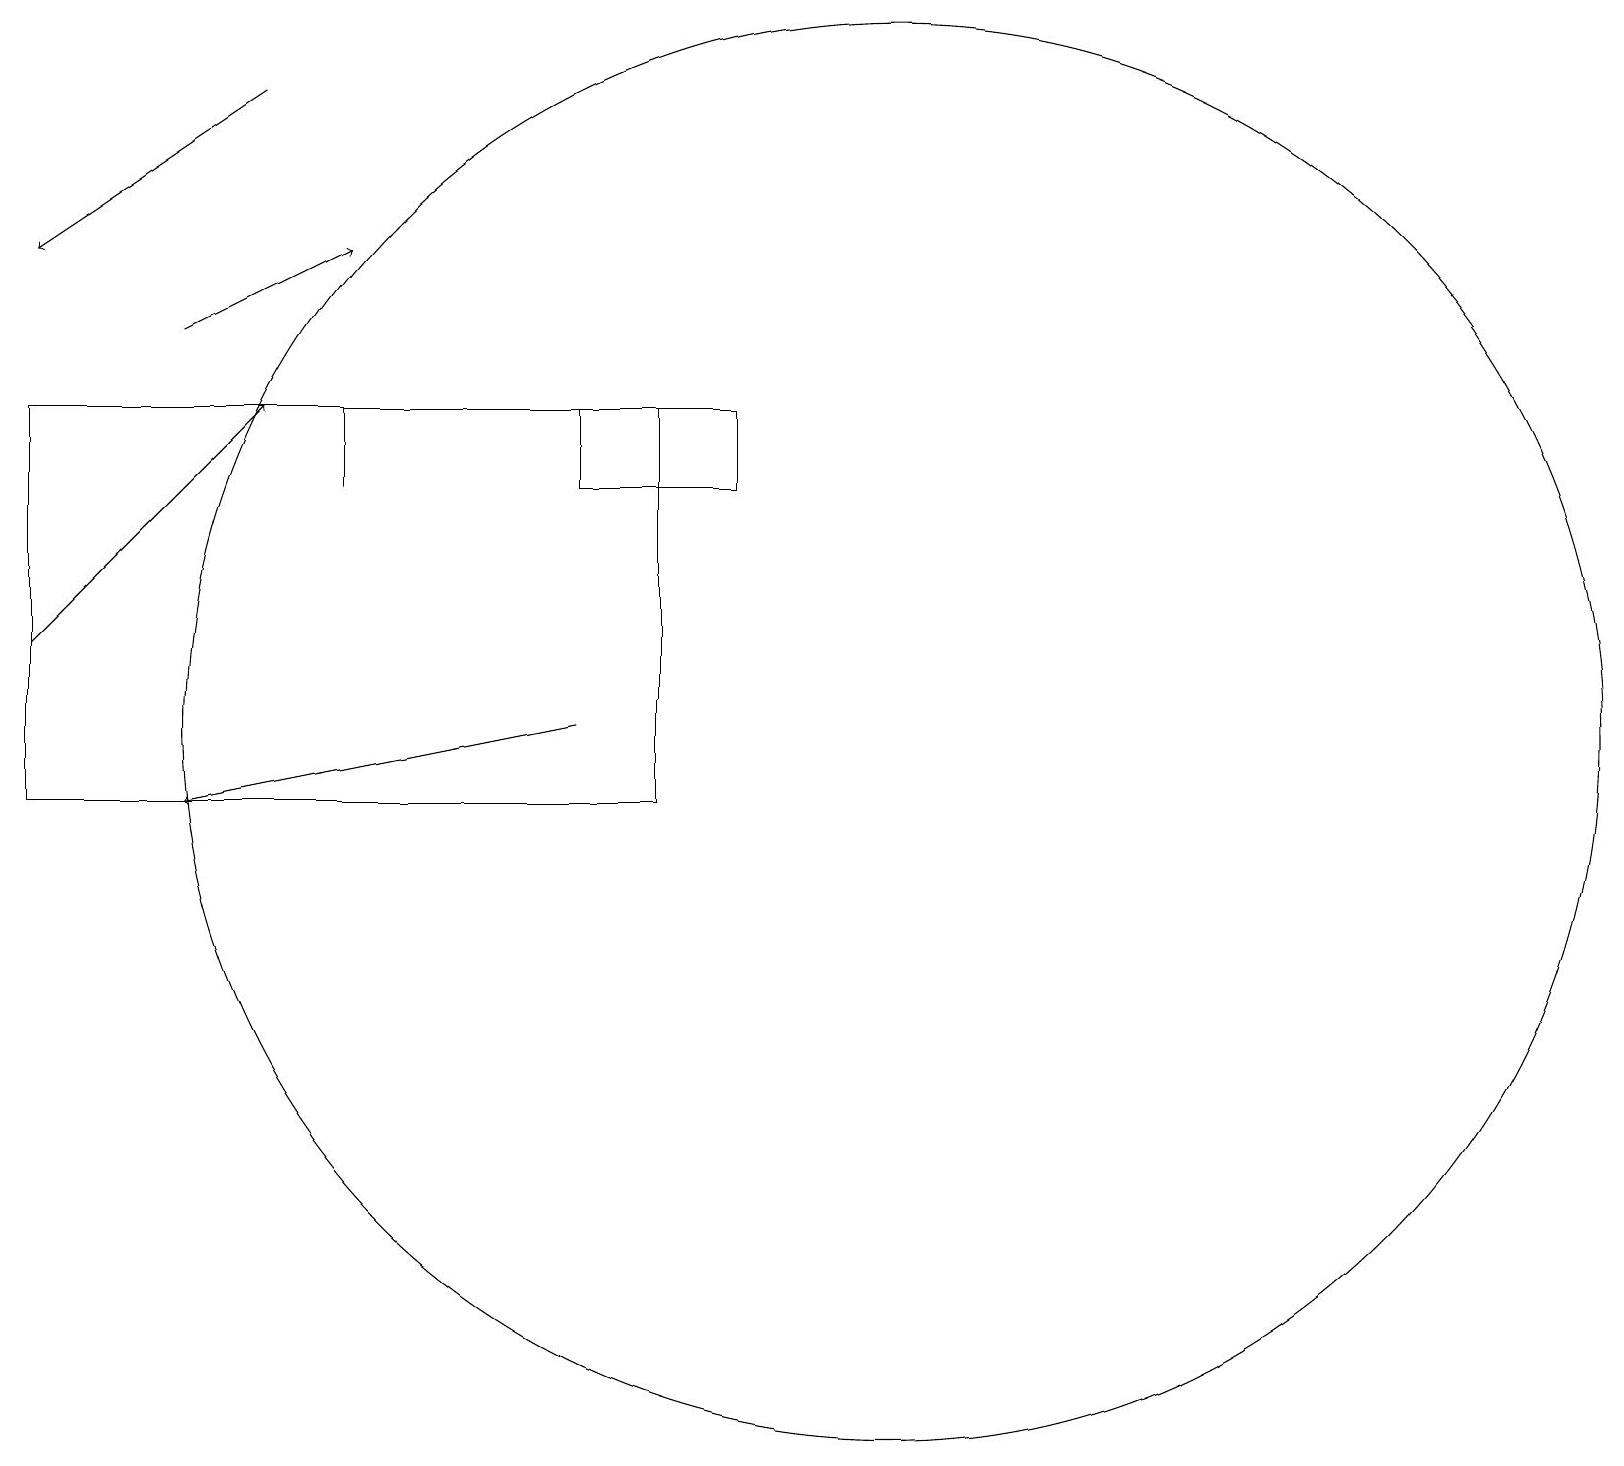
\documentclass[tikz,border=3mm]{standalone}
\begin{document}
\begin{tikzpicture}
\draw[->] (7,11) -- (2,10);
\draw (4,14) rectangle (4,15);
\draw[->] (0,12) -- (3,15);
\draw (11,11) circle (9);
\draw[->] (2,16) -- (4,17);
\draw[->] (3,19) -- (0,17);
\draw (0,15) rectangle (8,10);
\draw (7,14) rectangle (9,15);
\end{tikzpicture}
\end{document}